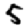
Digit: 5